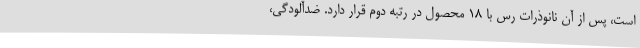
است، پس از آن نانوذرات رس با 18 محصول در رتبه دوم قرار دارد. ضدآلودگی،